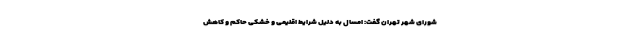
شورای شهر تهران گفت: امسال به دلیل شرایط اقلیمی و خشکی حاکم و کاهش